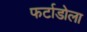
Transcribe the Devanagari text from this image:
फर्टाडोला